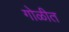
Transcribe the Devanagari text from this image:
गोळीत